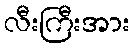
လီးကြီးအား